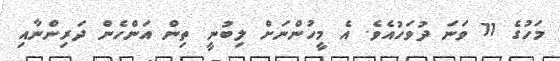
މަހުގެ 11 ވަނަ ދުވަހުއެވެ. އެ މީހުންނަށް ލިބުނީ ތިން އަންހެން ދަރިންނާއި